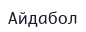
Айдабол